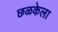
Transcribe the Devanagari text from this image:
छळकेला